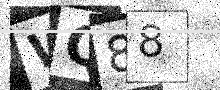
Text: WQ88